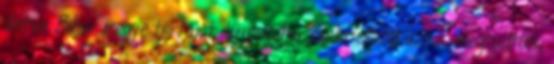
illetve Bihar megye tortáját. Ludescher Gabriellától azt is megtudtuk,